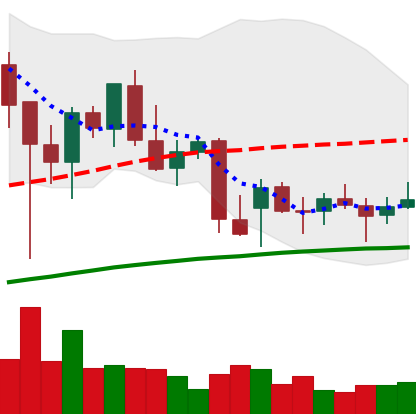
Ticker: BNB-USD
Chart end date: 2021-12-22
Forward return: 5.434%
Label: up_5_7